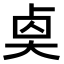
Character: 𠧵